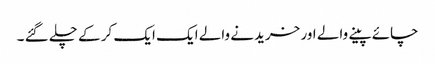
چائے پینے والے اور خریدنے والے ایک ایک کر کے چلے گئے ۔